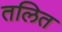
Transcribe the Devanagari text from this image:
तलित